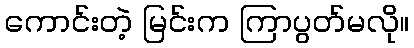
ကောင်းတဲ့ မြင်းက ကြာပွတ်မလို။